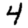
Digit: 4